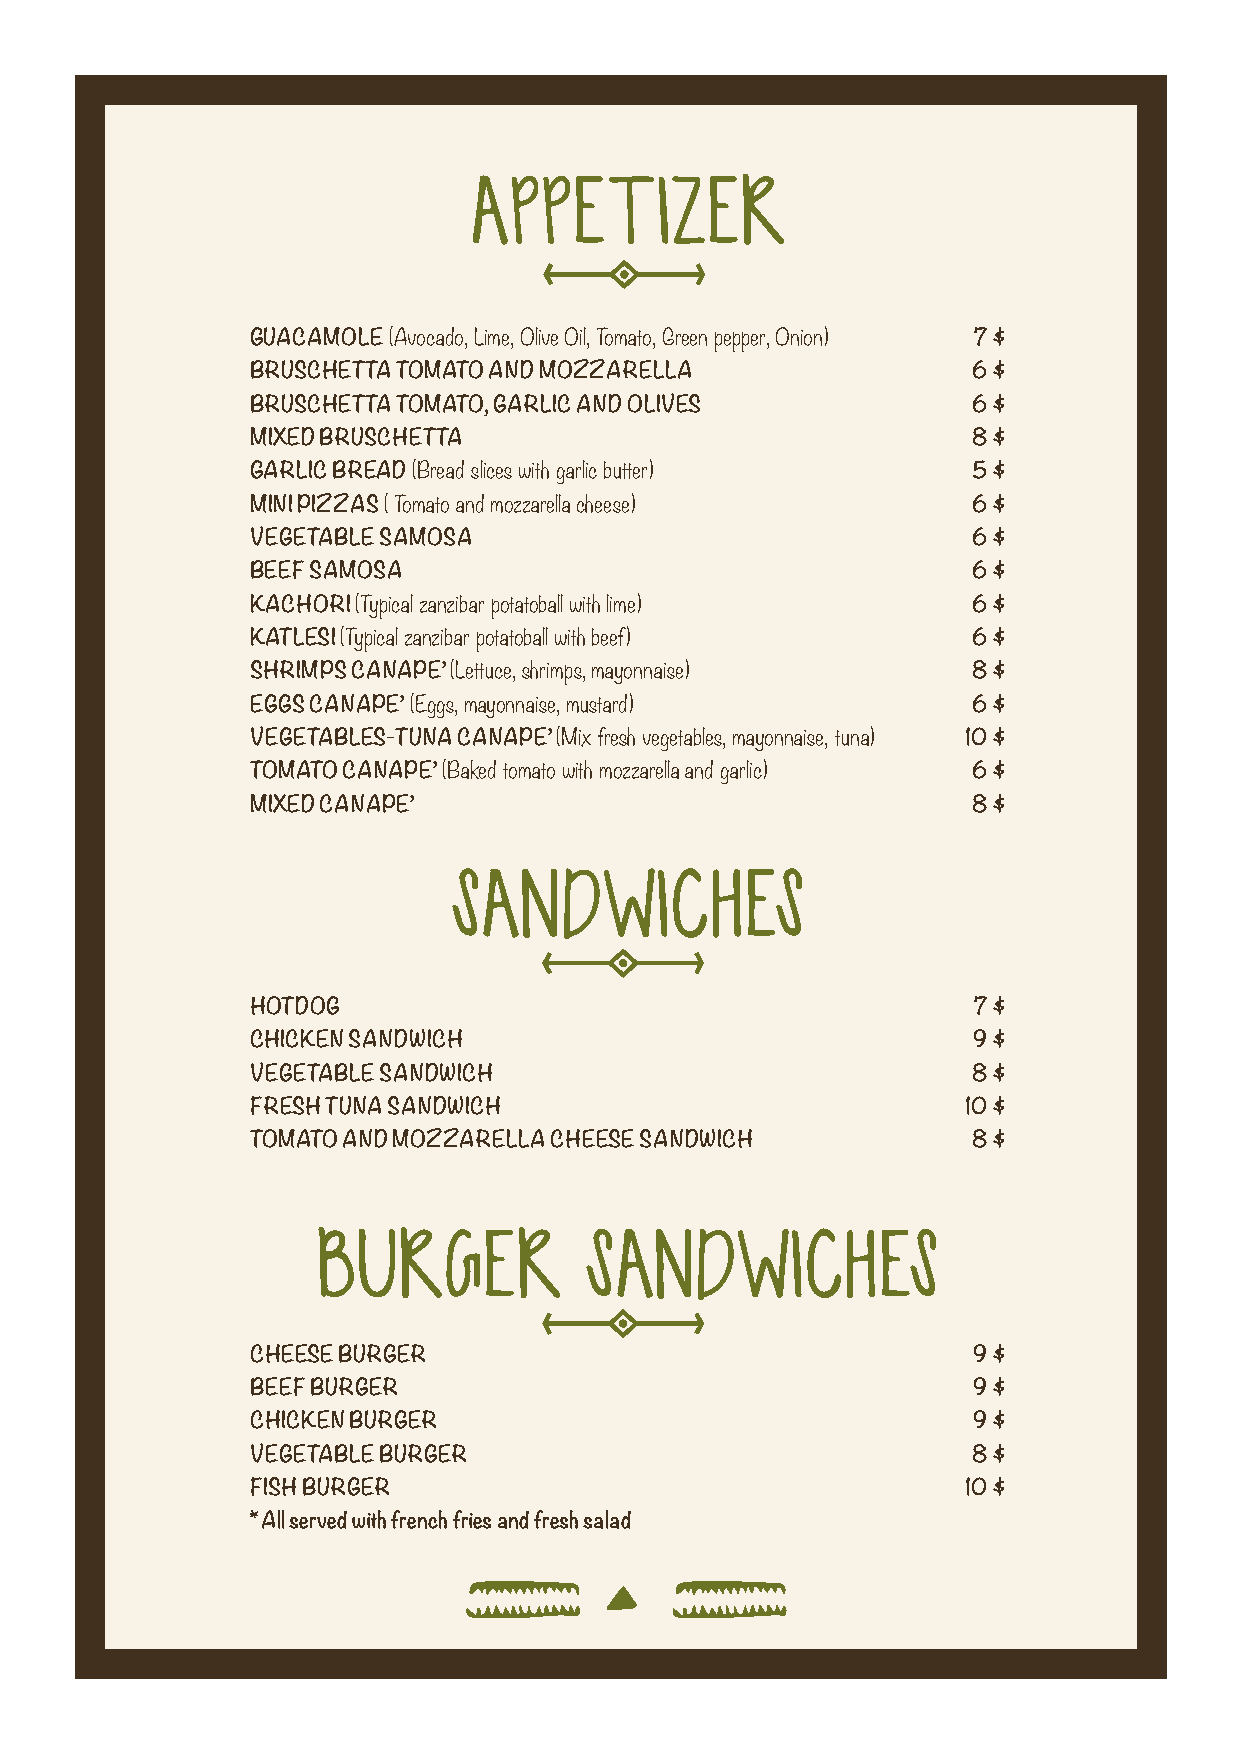
APPETIZER
 GUACAMOLE (Avocado, Lime, Olive Oil, Tomato, Green pepper, Onion) 7 $
 BRUSCHETTA TOMATO AND MOZZARELLA               6 $
 BRUSCHETTA TOMATO, GARLIC AND OLIVES           6 $
 MIXED BRUSCHETTA                               8 $
 GARLIC BREAD (Bread slices with garlic butter) 5 $
 MINI PIZZAS ( Tomato and mozzarella cheese)    6 $
 VEGETABLE SAMOSA                               6 $
 BEEF SAMOSA                                    6 $
 KACHORI (Typical zanzibar potatoball with lime) 6 $
 KATLESI (Typical zanzibar potatoball with beef) 6 $
 SHRIMPS CANAPE’ (Lettuce, shrimps, mayonnaise) 8 $
 EGGS CANAPE’ (Eggs, mayonnaise, mustard)       6 $
 VEGETABLES-TUNA CANAPE’ (Mix fresh vegetables, mayonnaise, tuna) 10 $
 TOMATO CANAPE’ (Baked tomato with mozzarella and garlic) 6 $
 MIXED CANAPE’                                  8 $
 SANDWICHES
 HOTDOG                                         7 $
 CHICKEN SANDWICH                               9 $
 VEGETABLE SANDWICH                             8 $
 FRESH TUNA SANDWICH                            10 $
 TOMATO AND MOZZARELLA CHEESE SANDWICH          8 $
 BURGER            SANDWICHES
 CHEESE BURGER                                  9 $
 BEEF BURGER                                    9 $
 CHICKEN BURGER                                 9 $
 VEGETABLE BURGER                               8 $
 FISH BURGER                                    10 $
 * All served with french fries and fresh salad
 i